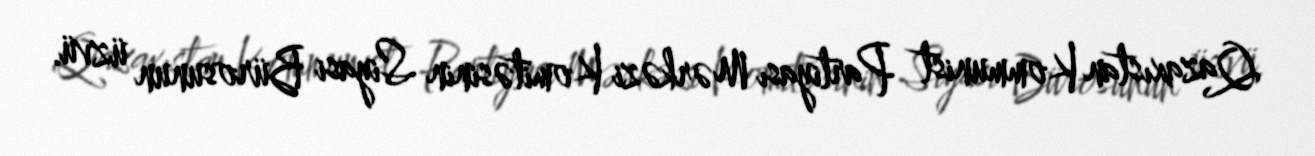
Qazaxıstan Kommunist Partiyası Mərkəzi Komitəsinin Siyasi Bürosunun üzvü.